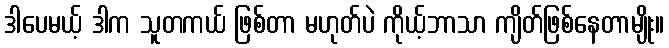
ဒါပေမယ့် ဒါက သူတကယ် ဖြစ်တာ မဟုတ်ပဲ ကိုယ့်ဘာသာ ကျိတ်ဖြစ်နေတာမျိုး။